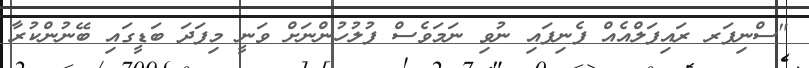
"ސްނިފަރ ރައިފަލްއެއް ފެނިފައި ނުވި ނަމަވެސް ފުލުހުންނަށް ވަނީ މިފަދަ ބަޑީގައި ބޭނުންކުރާ